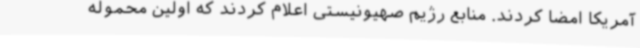
آمریکا امضا کردند. منابع رژیم صهیونیستی اعلام کردند که اولین محموله